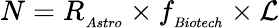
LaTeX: N=R_{_{Astro}}\times f_{_{Biotech}}\times\mathcal{L}